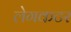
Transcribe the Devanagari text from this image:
लेगकटर